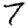
Digit: 7